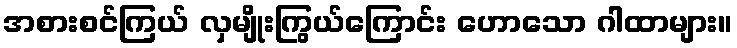
အစားစင်ကြယ် လှမျိုးကြွယ်ကြောင်း ဟောသော ဂါထာများ။